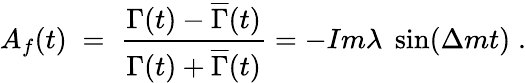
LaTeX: A_{f}(t)\; =\; \frac{\Gamma(t)-\overline{{{\Gamma}}}(t)}{\Gamma(t)+\overline{{{\Gamma}}}(t)}=-Im\lambda\; \sin(\Delta mt)\; .